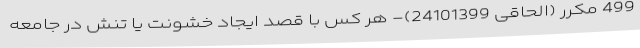
499 مکرر (الحاقی 24101399)- هر کس با قصد ایجاد خشونت یا تنش در جامعه